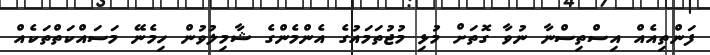
ފަންތިއެއް އިސްތިސްނާ ނުވާ ގޮތަށް މުޅި މުޖުތަމައުގެ އެންމެންގެ ޝާމިލުވުން ހިމެނޭ މަސައްކަތްތަކެއް